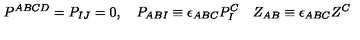
P ^ { A B C D } = P _ { I J } = 0 , \quad P _ { A B I } \equiv \epsilon _ { A B C } P _ { I } ^ { C } \quad Z _ { A B } \equiv \epsilon _ { A B C } Z ^ { C }